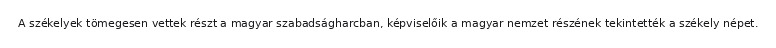
A székelyek tömegesen vettek részt a magyar szabadságharcban, képviselőik a magyar nemzet részének tekintették a székely népet.